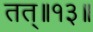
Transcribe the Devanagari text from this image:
तत्॥१३॥